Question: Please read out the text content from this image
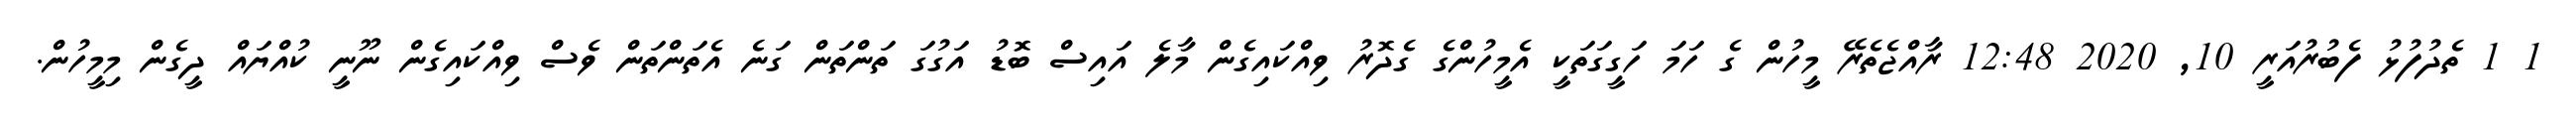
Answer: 1 1 ތެދުފުޅު ފެބުރުއަރީ 10, 2020 12:48 ރާއްޖެތެރޭ މީހުން ގެ ހަމަ ހަގީގަތަކީ އެމީހުންގެ ގެދޮރު ވިއްކައިގެން މާލެ އައިސް ބޮޑު އަގުގަ ތަންތަން ގަނެ އެތަންތަން ވެސް ވިއްކައިގެން ނޫނީ ކުއްޔައް ދީގެން މިމީހުން.